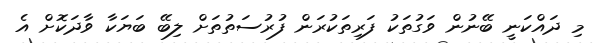
މި ދައްކަނީ ބޭނުން ވަގުތަކު ފަރިތަކުރަން ފުރުސަތުތަށް ލިބޭ ބަޔަކާ ވާދަކޮށް އެ